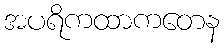
အပရိကထာကတေန